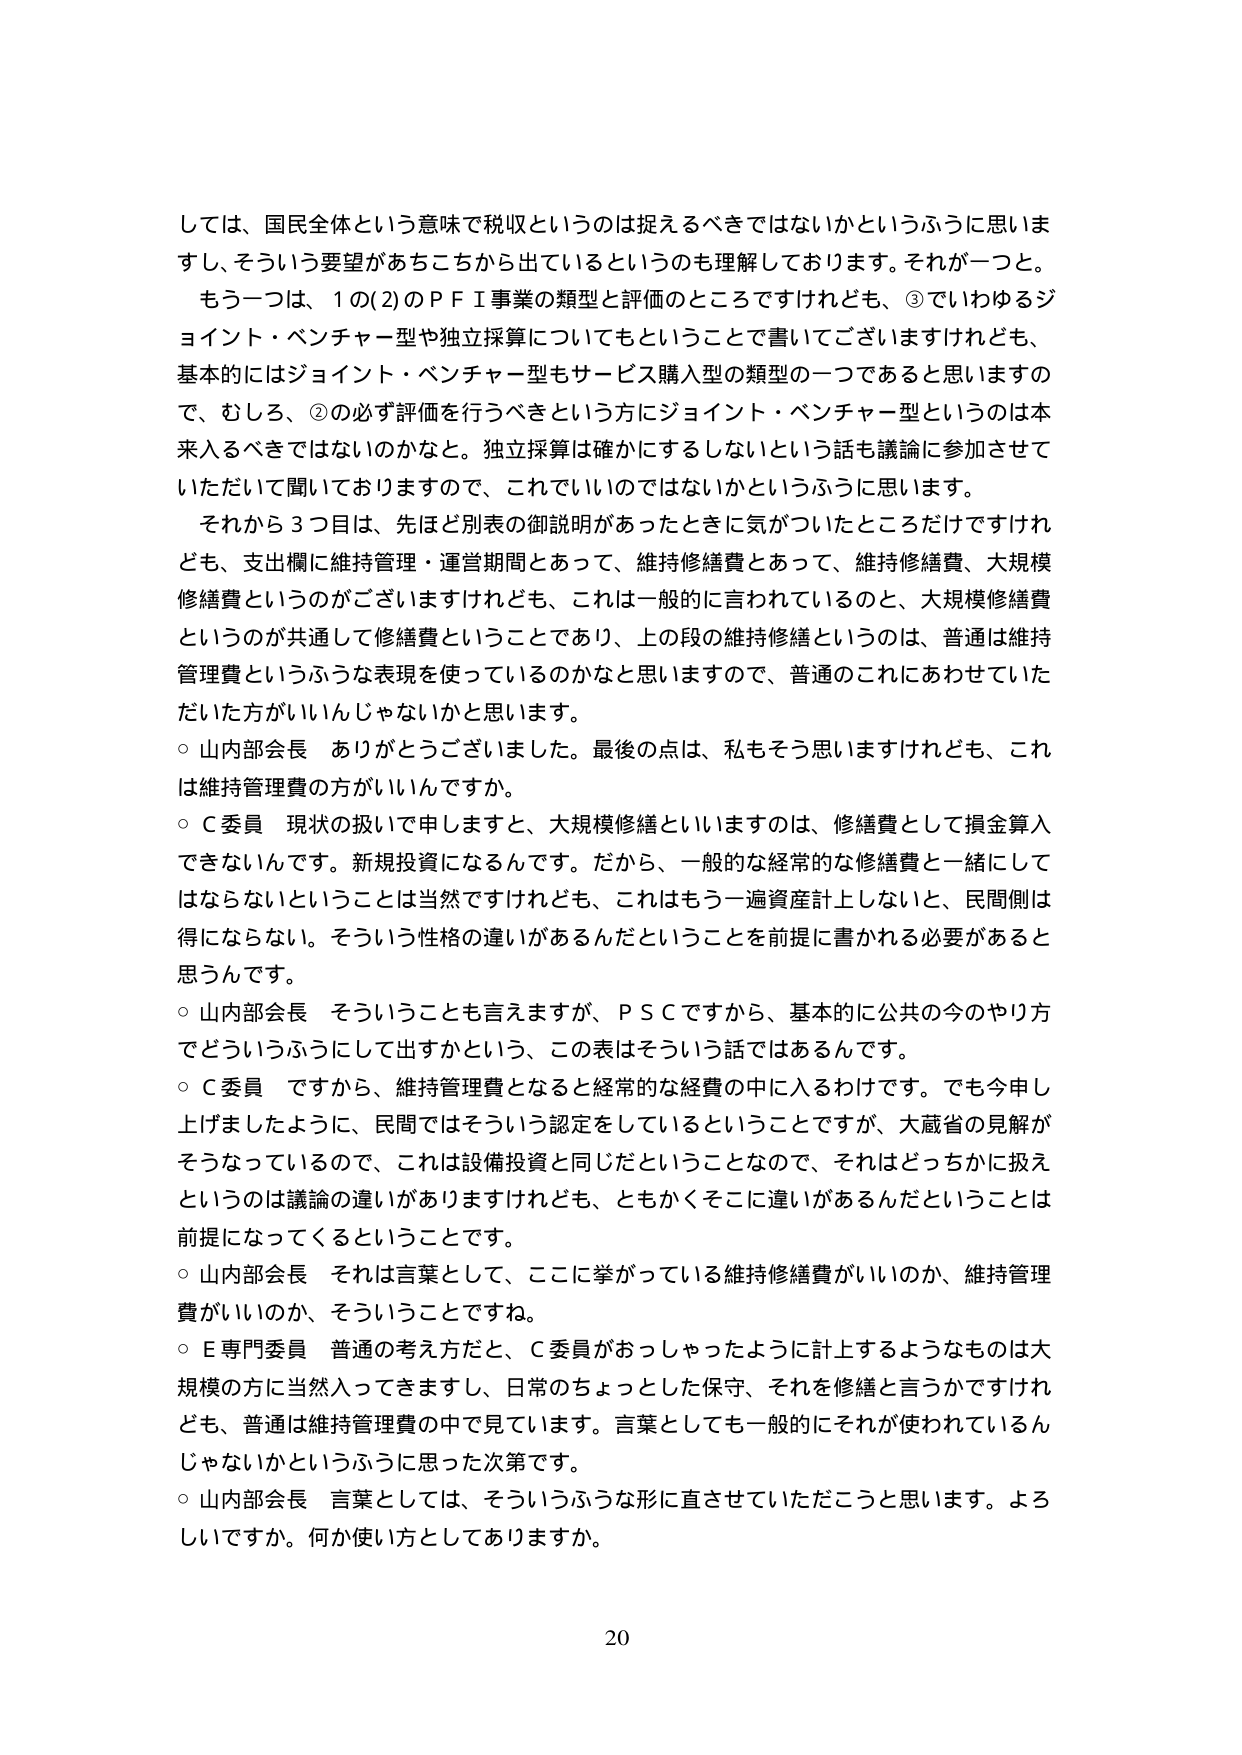
しては、国民全体という意味で税収というのは捉えるべきではないかというふうに思いますし、そういう要望があちこちから出ているというのも理解しております。それがあ一つ。

もう一つは、1の(2)のＰＦＩ事業の類型と評価のところですけれども、③でいわゆるジョイント・ベンチャー型や独立採算についてもということで書いてございますけれども、基本的にはジョイント・ベンチャー型もサービス購入型の類型の一つであると思いますので、むしろ、②の必ず評価を行うべきという方にジョイント・ベンチャー型というのは本来入るべきではないのかなと。独立採算は確かにするしないという話も議論に参加させていただいて聞いておりますので、これでいいのではないかというふうに思います。

それから3つ目は、先ほど別表の御説明があったときに気がついたところだけですけれども、支出欄に維持管理・運営期間とあって、維持修繕費とあって、維持修繕費、大規模修繕費というのがございますけれども、これは一般的に言われているのと、大規模修繕費というのが共通して修繕費ということであり、上の段の維持修繕というのは、普通は維持管理費というふうな表現を使っているのかなと思いますので、普通のこれにあわせていただいた方がいいんじゃないかと思います。

○ 山内部会長 ありがとうございました。最後の点は、私もそう思いますけれども、これは維持管理費の方がいいんですか。

○ Ｃ委員 現状の扱いで申しますと、大規模修繕といいますのは、修繕費として損金算入できないんです。新規投資になるんです。だから、一般的な経常的な修繕費と一緒にしてはならないということは当然ですけれども、これはもう一遍資産計上しないと、民間側は得にならない。そういう性格の違いがあるんだということを前提に書かれる必要があると思うんです。

○ 山内部会長 そういうことも言えますが、ＰＳＣですから、基本的に公共の今のやり方でどういうふうにして出すかという、この表はそういう話ではあるんです。

○ Ｃ委員 ですから、維持管理費となると経常的な経費の中に入るわけです。でも今申し上げましたように、民間ではそういう認定をしているということですが、大蔵省の見解がそうなっているので、これは設備投資と同じだということなので、それはどっちかに扱えというのは議論の違いがありますけれども、ともかくそこに違いがあるんだということは前提になってくるということです。

○ 山内部会長 それは言葉として、ここに挙がっている維持修繕費がいいのか、維持管理費がいいのか、そういうことです。

○ Ｅ専門委員 普通の考え方だと、Ｃ委員がおっしゃったように計上するようなものは大規模の方に当然入ってきますし、日常のちょっとした保守、それを修繕と言うかですけれども、普通は維持管理費の中で見ています。言葉としても一般的にそれが使われているんじゃないかというふうに思った次第です。

○ 山内部会長 言葉としては、そういうふうな形に直させていただこうと思います。よろしいですか。何か使い方としてありますか。

20